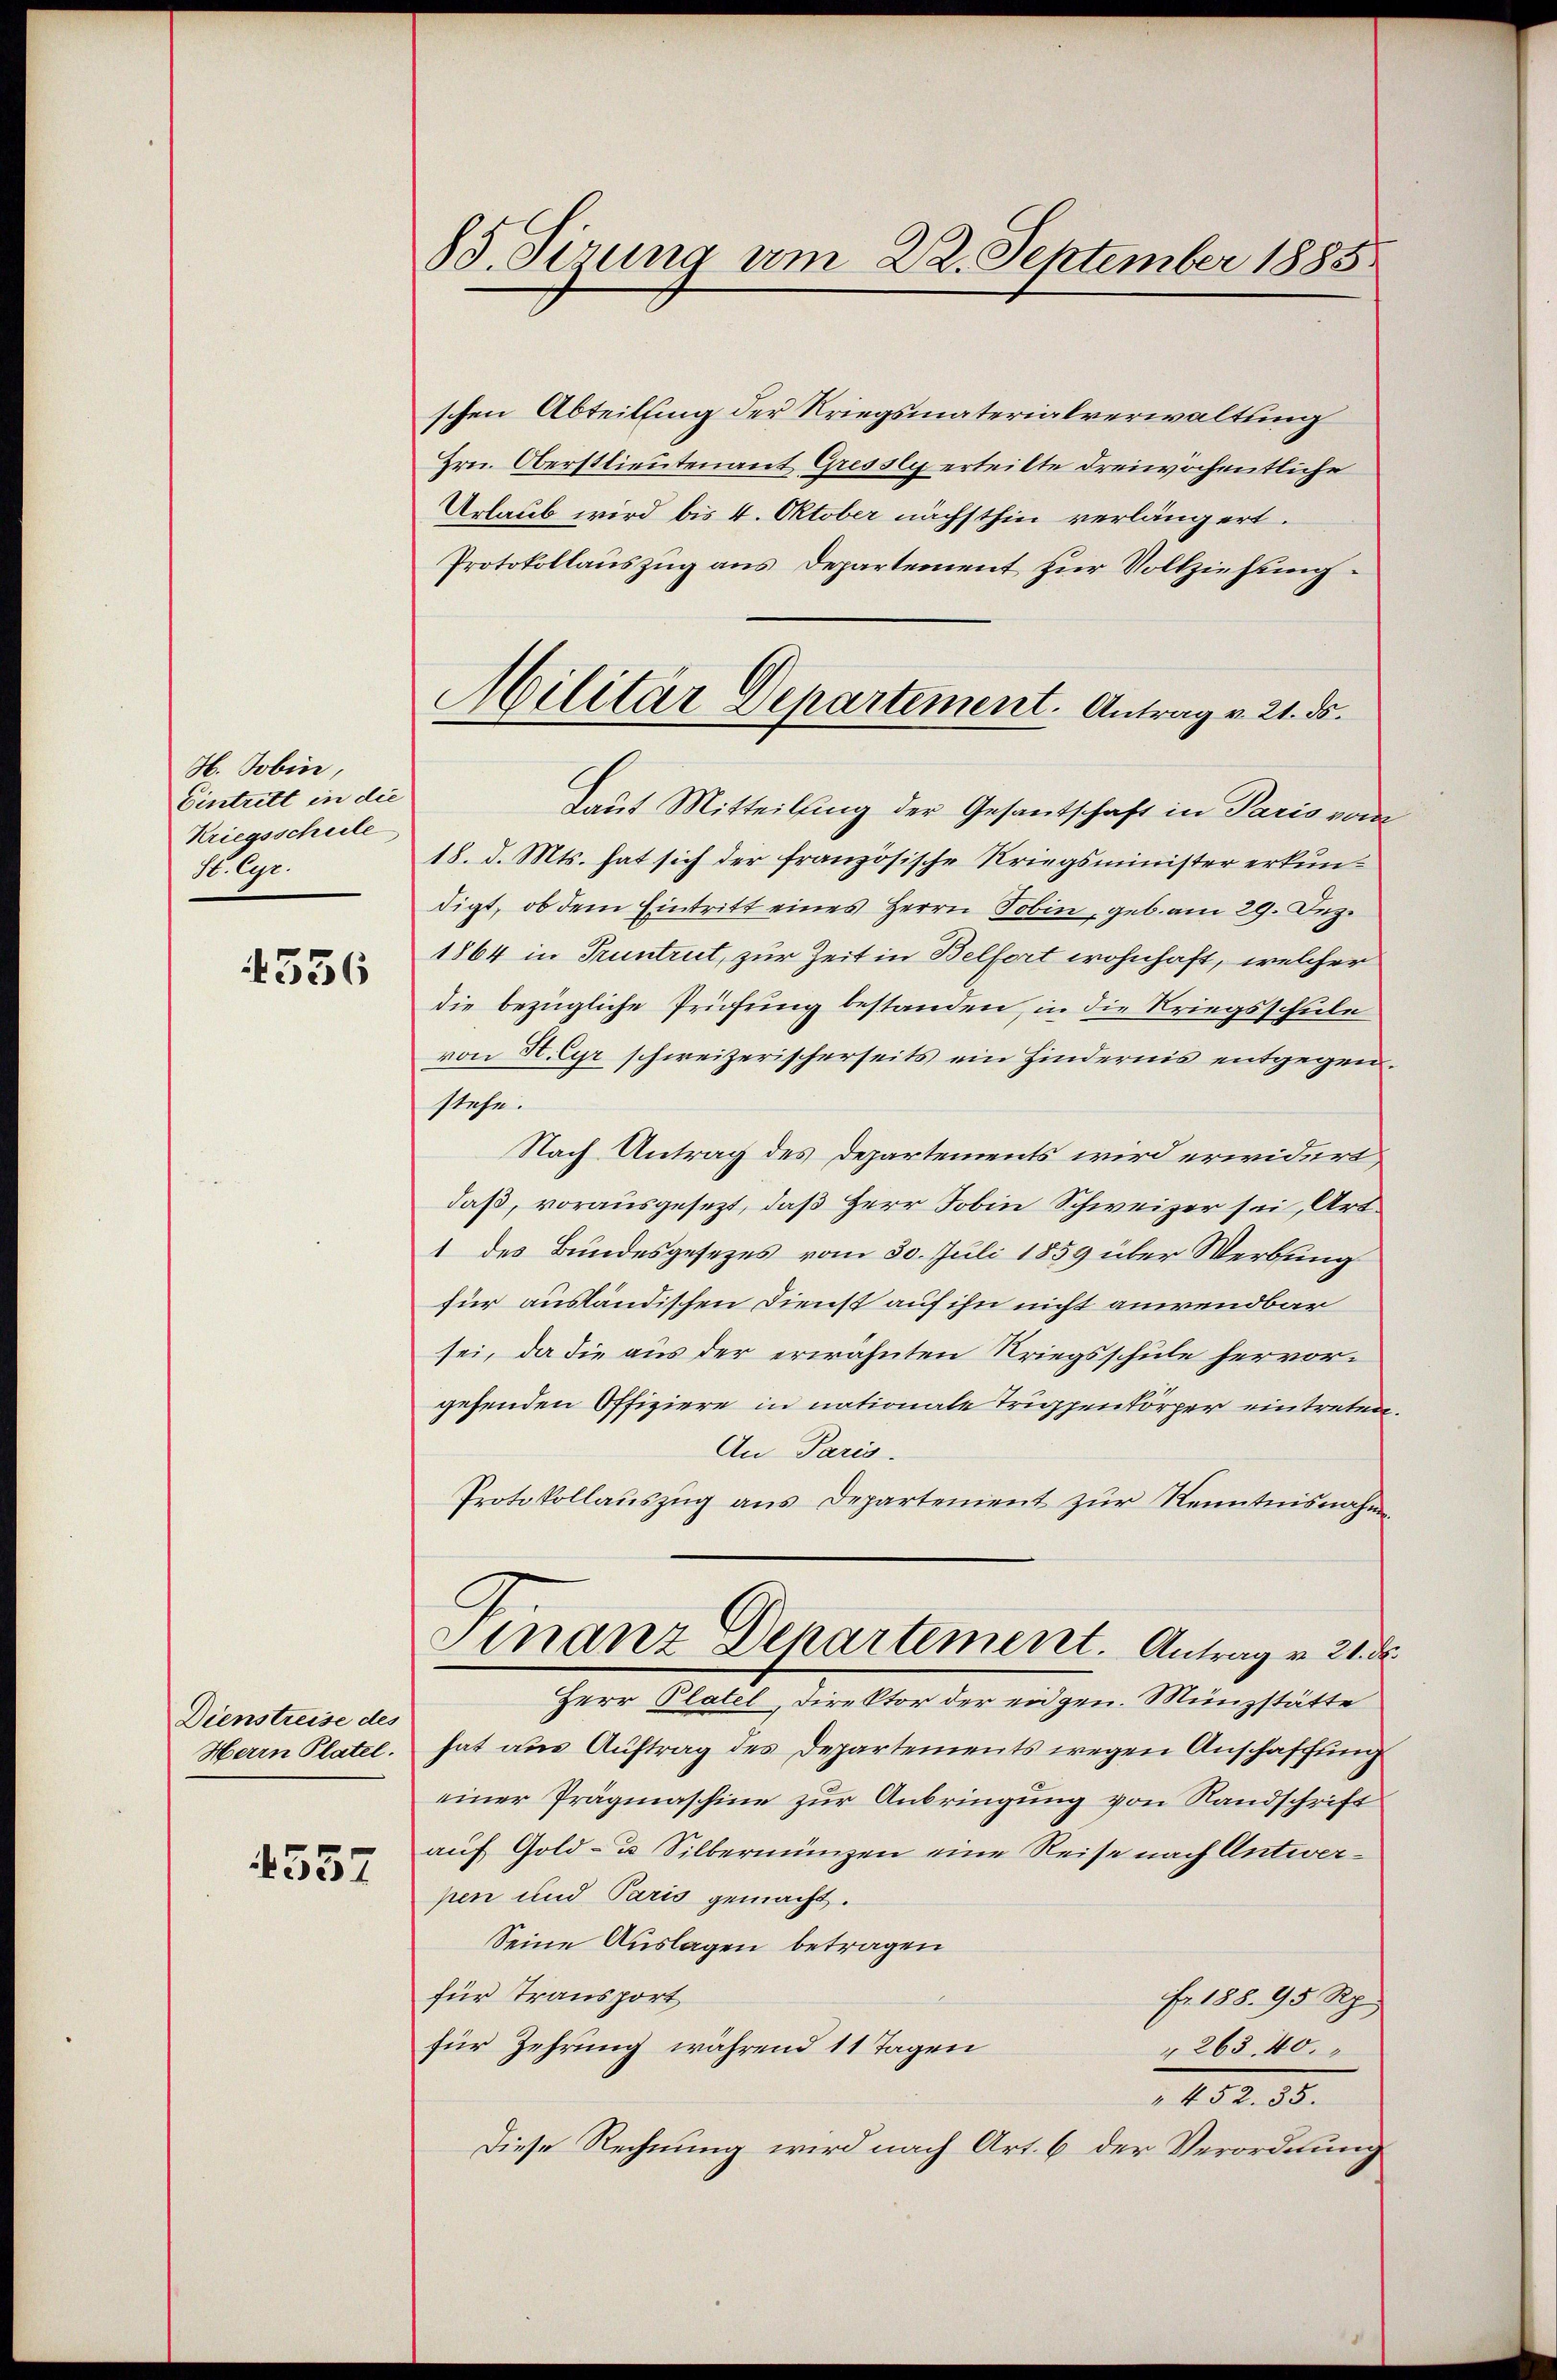
H. Jobin,
Eintritt in die
Kriegsschule
So. lie

4336

Dienstreise des
Herrn Platel.

4557

85. Sizung am 22. September 1885

schen Abteilung der Kriegsmaterialverwaltung
Hrn. Oberstlieutenant Gressly erteilte dreiwöchentliche
Urlaub wird bis 4. Oktober nächsthin verlängert.
Protokollauszug aus Departement zur Vollziehung
Laut Mitteilung der Gesantschaft in Paris vom
18. d. Mts. hat sich der französische Kriegsminister erkundigt, ob dem Eintritt eines Herrn Tobin, geb. am 29. Dez.
1864 in Truntrut, zur Zeit in Belfort wohnhaft, welcher
die bezügliche Prüfung bestanden, in die Kriegsschule
von St. Gyr schweizerischerseits ein Hindernis entgegenstehe.
Nach Antrag des Departements wird erwidert,
daß, vorausgesezt, daß Herr Jobin Schweizer sei, Art
1 des Bundesgesezes vom 30. Juli 1859 über Werbung
für ausländischen Dienst auf ihn nicht anwendbar
sei, da die aus der erwähnten Kriegsschule hervorgehenden Offiziere in nationale Truppenkörper eintreten
An Paris.
Protokollauszug aus Departement zŭr Kenntnisnahme
Finanz Departement. Antrag v. 21. d.
Herr Platel, Direktor der eidgen. Münzstätte
hat aus Auftrag des Departements wegen Anschaffung
einer Prägmaschine zur Anbringung von Randschrift
auf Gold- u Silbermünzen eine Reise nach Antwerpen und Paris gemacht.
Seine Auslagen betragen
für Transport
fr. 188. 95 Rp.
für Zehrung während 11 Tagen
 263. 40.
1402. 18.
Diese Rechnung wird nach Art. 6 der Verordnung

Militär Departement. Antrag v. 21. ds.